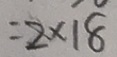
= 2 \times 1 8